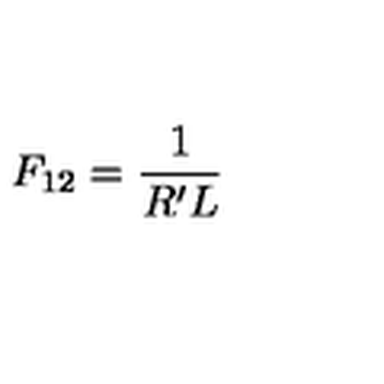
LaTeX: F _ { 1 2 } = \frac { 1 } { R ^ { \prime } L }